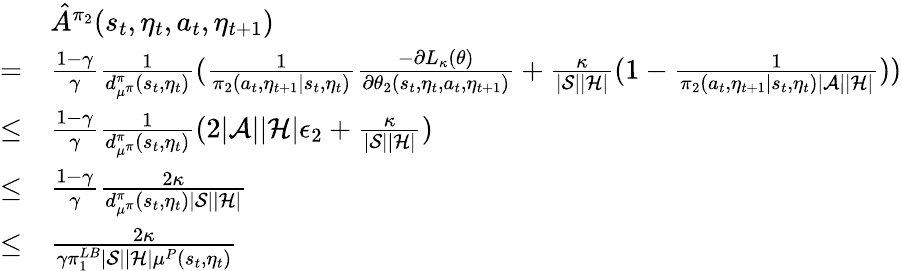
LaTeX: \begin{array}{rl}&{\hat{A}^{\pi_{2}}(s_{t},\eta_{t},a_{t},\eta_{t+1})}\\ {=}&{\frac{1-\gamma}{\gamma}\frac{1}{d_{\mu^{\pi}}^{\pi}(s_{t},\eta_{t})}(\frac{1}{\pi_{2}(a_{t},\eta_{t+1}|s_{t},\eta_{t})}\frac{-\partial L_{\kappa}(\theta)}{\partial\theta_{2}(s_{t},\eta_{t},a_{t},\eta_{t+1})}+\frac{\kappa}{|\mathcal{S}||\mathcal{H}|}(1-\frac{1}{\pi_{2}(a_{t},\eta_{t+1}|s_{t},\eta_{t})|\mathcal{A}||\mathcal{H}|}))}\\ {\le}&{\frac{1-\gamma}{\gamma}\frac{1}{d_{\mu^{\pi}}^{\pi}(s_{t},\eta_{t})}(2|\mathcal{A}||\mathcal{H}|\epsilon_{2}+\frac{\kappa}{|\mathcal{S}||\mathcal{H}|})}\\ {\le}&{\frac{1-\gamma}{\gamma}\frac{2\kappa}{d_{\mu^{\pi}}^{\pi}(s_{t},\eta_{t})|\mathcal{S}||\mathcal{H}|}}\\ {\le}&{\frac{2\kappa}{\gamma\pi_{1}^{LB}|\mathcal{S}||\mathcal{H}|\mu^{P}(s_{t},\eta_{t})}}\end{array}